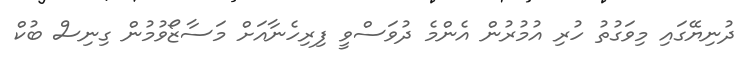
ދުނިޔޭގައި މިވަގުތު ހުރި އުމުރުން އެންމެ ދުވަސްވީ ފިރިހެނާއަށް މަސާޒޯވުމުން ގިނިސް ބުކް